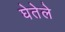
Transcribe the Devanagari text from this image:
घेतेले